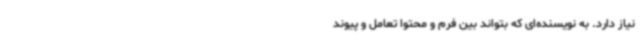
نیاز دارد. به نویسنده‌ای که بتواند بین فرم و محتوا تعامل و پیوند